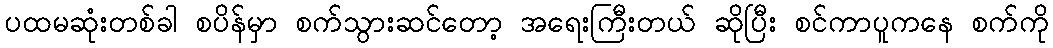
ပထမဆုံးတစ်ခါ စပိန်မှာ စက်သွားဆင်တော့ အရေးကြီးတယ် ဆိုပြီး စင်ကာပူကနေ စက်ကို